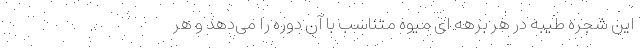
این شجره طیبه در هر برهه ای میوه متناسب با آن دوره را می‌دهد و هر